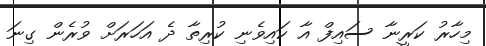
މިހާރު ކަރީނާ ސައިފް އާ ކައިވެނި ކުރިތާ ދެ އަހަރަށް ވުރެން ގިނަ